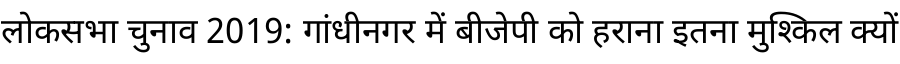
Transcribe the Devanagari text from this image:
लोकसभा चुनाव 2019: गांधीनगर में बीजेपी को हराना इतना मुश्किल क्यों